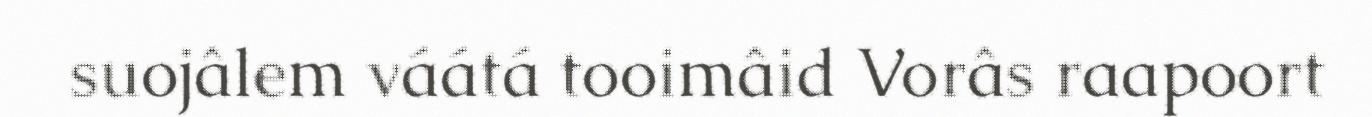
suojâlem váátá tooimâid Vorâs raapoort